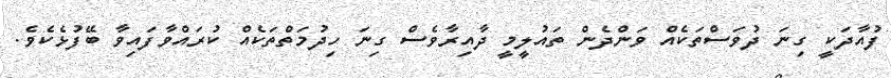
ފުއާދަކީ ގިނަ ދުވަސްތަކެއް ވަންދެން ތައުލީމީ ދާއިރާވެސް ގިނަ ހިދުމަތްތަކެއް ކުރައްވާފައިވާ ބޭފުޅެކެވެ.